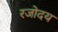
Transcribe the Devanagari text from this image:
रजोदय